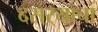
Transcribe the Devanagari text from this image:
दसऱ्याचा